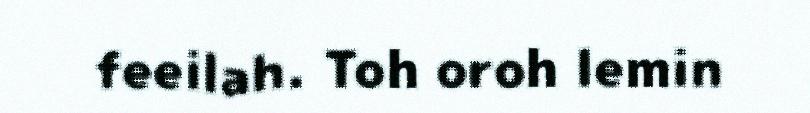
feeilah. Toh oroh lemin